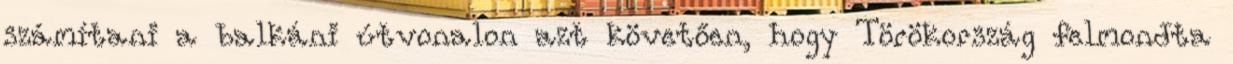
számítani a balkáni útvonalon azt követően, hogy Törökország felmondta